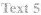
Text 5